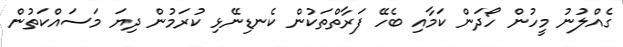
ގެއްލުނު މީހުން ހޯދަން ކަމާއި ބެހޭ ފަރާތްތަކުން ކެނޑިނޭޅި ކުރަމުން ދިޔަ މަސައްކަތުން